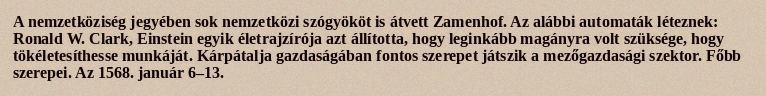
A nemzetköziség jegyében sok nemzetközi szógyököt is átvett Zamenhof. Az alábbi automaták léteznek: Ronald W. Clark, Einstein egyik életrajzírója azt állította, hogy leginkább magányra volt szüksége, hogy tökéletesíthesse munkáját. Kárpátalja gazdaságában fontos szerepet játszik a mezőgazdasági szektor. Főbb szerepei. Az 1568. január 6–13.